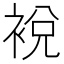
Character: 裞